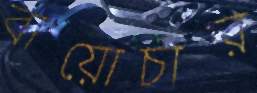
বায়োচার